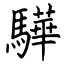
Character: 驊